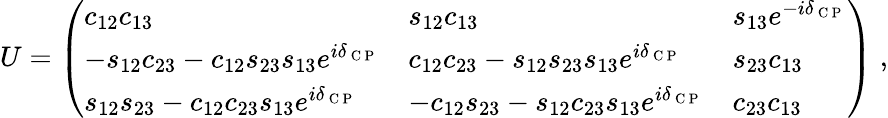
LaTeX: U=\left(\begin{array}{lll}{c_{12}c_{13}}&{s_{12}c_{13}}&{s_{13}e^{-i\delta_{\mathrm{~C~P~}}}}\\ {-s_{12}c_{23}-c_{12}s_{23}s_{13}e^{i\delta_{\mathrm{~C~P~}}}}&{c_{12}c_{23}-s_{12}s_{23}s_{13}e^{i\delta_{\mathrm{~C~P~}}}}&{s_{23}c_{13}}\\ {s_{12}s_{23}-c_{12}c_{23}s_{13}e^{i\delta_{\mathrm{~C~P~}}}}&{-c_{12}s_{23}-s_{12}c_{23}s_{13}e^{i\delta_{\mathrm{~C~P~}}}}&{c_{23}c_{13}}\end{array}\right)\; ,